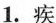
1.疾